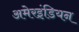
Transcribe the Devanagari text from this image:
अमेरइंडियन